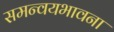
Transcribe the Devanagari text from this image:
समन्वयभावना